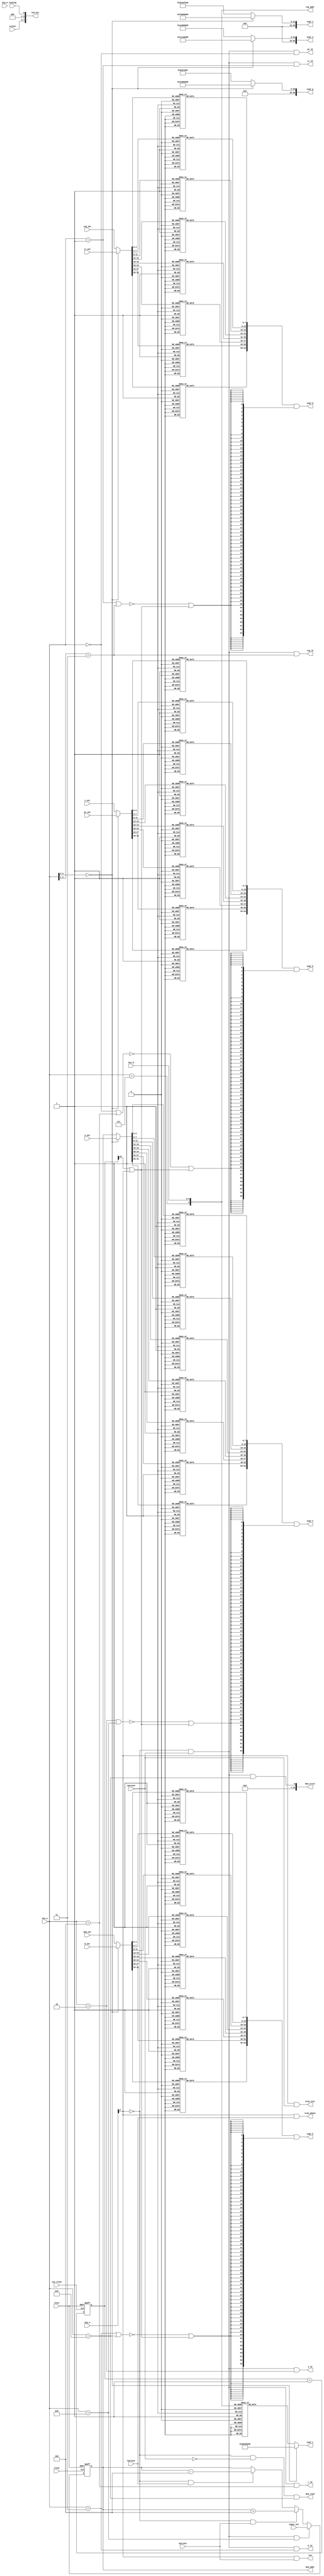
module debugger(input   sys_clock,
      input             reset,
      input             clock,
      input [31:0]      input_val,
      input             button1,
      input             button2,
      input             button3,
      output            run,
      output            step_phase,
      output            step_inst,
      input [3:0]       cstate,
      input             running,
      input [3:0]       hex_a,
      input [3:0]       hex_b,
      input [7:0]       dip_a,
      input [7:0]       dip_b,
      input [31:0]      pc_out,
      output            pc_ld,
      input [31:0]      ir_out,
      output            ir_ld,
      input [31:0]      reg_out,
      output [4:0]      reg_addr,
      output            reg_ld,
      input [31:0]      a_out,
      output            a_ld,
      input [31:0]      b_out,
      output            b_ld,
      input [31:0]      c_out,
      output            c_ld,
      output [31:0]     mem_addr,
      input [31:0]      mem_out,
      output [31:0]     mem_read,
      output [31:0]     mem_write,
      output [63:0]     seg7_a,
      output [63:0]     seg7_b,
      output [63:0]     seg7_c,
      output [63:0]     seg7_d,
      output [63:0]     seg7_e,
      output [63:0]     seg7_f,
      output [63:0]     seg7_g,
      output [63:0]     seg7_h,
      output [7:0]      led_out);

   // 'P' のパタン
   parameter [7:0] PAT_P = 8'b1100_1110;
   // 'c' のパタン
   parameter [7:0] PAT_C = 8'b0001_1010;
   // 'I' のパタン
   parameter [7:0] PAT_I = 8'b0110_0000;
   // 'r' のパタン
   parameter [7:0] PAT_R = 8'b0000_1010;
   // 'a' のパタン
   parameter [7:0] PAT_A = 8'b1111_1010;
   // 'b' のパタン
   parameter [7:0] PAT_B = 8'b0011_1110;
   // 'n' のパタン
   parameter [7:0] PAT_N = 8'b0010_1010;
   // 'd' のパタン
   parameter [7:0] PAT_D = 8'b0111_1010;
   // '0' のパタン
   parameter [7:0] PAT_0 = 8'b1111_1100;
   // '1' のパタン
   parameter [7:0] PAT_1 = 8'b0110_0000;
   // '2' のパタン
   parameter [7:0] PAT_2 = 8'b1101_1010;
   // '3' のパタン
   parameter [7:0] PAT_3 = 8'b1111_0010;
   // '4' のパタン
   parameter [7:0] PAT_4 = 8'b0110_0110;
   // '5' のパタン
   parameter [7:0] PAT_5 = 8'b1011_0110;
   // '6' のパタン
   parameter [7:0] PAT_6 = 8'b1011_1110;
   // '7' のパタン
   parameter [7:0] PAT_7 = 8'b1110_0000;
   // '8' のパタン
   parameter [7:0] PAT_8 = 8'b1111_1110;
   // '9' のパタン
   parameter [7:0] PAT_9 = 8'b1110_0110;

   // PCのパタン
   parameter [63:0] PAT_PC = {32'b0, PAT_P, PAT_C, 16'b0};

   // IRのパタン
   parameter [63:0] PAT_IR = {32'b0, PAT_I, PAT_R, 16'b0};

   // aのパタン
   parameter [63:0] PAT_AREG = {32'b0, PAT_A, 24'b0};

   // bのパタン
   parameter [63:0] PAT_BREG = {32'b0, PAT_B, 24'b0};

   // cのパタン
   parameter [63:0] PAT_CREG = {32'b0, PAT_C, 24'b0};

   // MARのパタン
   parameter [63:0] PAT_MAR = {32'b0, PAT_N, PAT_N, PAT_A, PAT_R};

   // MEMのパタン
   parameter [63:0] PAT_MEM = {32'b0, PAT_N, PAT_N, PAT_D, PAT_R};

   // R00 のパタン
   parameter [63:0] PAT_R00 = {32'b0, PAT_R, PAT_0, PAT_0, 8'b0};

   // R01 のパタン
   parameter [63:0] PAT_R01 = {32'b0, PAT_R, PAT_0, PAT_1, 8'b0};

   // R02 のパタン
   parameter [63:0] PAT_R02 = {32'b0, PAT_R, PAT_0, PAT_2, 8'b0};

   // R03 のパタン
   parameter [63:0] PAT_R03 = {32'b0, PAT_R, PAT_0, PAT_3, 8'b0};

   // R04 のパタン
   parameter [63:0] PAT_R04 = {32'b0, PAT_R, PAT_0, PAT_4, 8'b0};

   // R05 のパタン
   parameter [63:0] PAT_R05 = {32'b0, PAT_R, PAT_0, PAT_5, 8'b0};

   // R06 のパタン
   parameter [63:0] PAT_R06 = {32'b0, PAT_R, PAT_0, PAT_6, 8'b0};

   // R07 のパタン
   parameter [63:0] PAT_R07 = {32'b0, PAT_R, PAT_0, PAT_7, 8'b0};

   // R08 のパタン
   parameter [63:0] PAT_R08 = {32'b0, PAT_R, PAT_0, PAT_8, 8'b0};

   // R09 のパタン
   parameter [63:0] PAT_R09 = {32'b0, PAT_R, PAT_0, PAT_9, 8'b0};

   // R10 のパタン
   parameter [63:0] PAT_R10 = {32'b0, PAT_R, PAT_1, PAT_0, 8'b0};

   // R11 のパタン
   parameter [63:0] PAT_R11 = {32'b0, PAT_R, PAT_1, PAT_1, 8'b0};

   // R12 のパタン
   parameter [63:0] PAT_R12 = {32'b0, PAT_R, PAT_1, PAT_2, 8'b0};

   // R13 のパタン
   parameter [63:0] PAT_R13 = {32'b0, PAT_R, PAT_1, PAT_3, 8'b0};

   // R14 のパタン
   parameter [63:0] PAT_R14 = {32'b0, PAT_R, PAT_1, PAT_4, 8'b0};

   // R15 のパタン
   parameter [63:0] PAT_R15 = {32'b0, PAT_R, PAT_1, PAT_5, 8'b0};

   // R16 のパタン
   parameter [63:0] PAT_R16 = {32'b0, PAT_R, PAT_1, PAT_6, 8'b0};

   // R17 のパタン
   parameter [63:0] PAT_R17 = {32'b0, PAT_R, PAT_1, PAT_7, 8'b0};

   // R18 のパタン
   parameter [63:0] PAT_R18 = {32'b0, PAT_R, PAT_1, PAT_8, 8'b0};

   // R19 のパタン
   parameter [63:0] PAT_R19 = {32'b0, PAT_R, PAT_1, PAT_9, 8'b0};

   // R20 のパタン
   parameter [63:0] PAT_R20 = {32'b0, PAT_R, PAT_2, PAT_0, 8'b0};

   // R21 のパタン
   parameter [63:0] PAT_R21 = {32'b0, PAT_R, PAT_2, PAT_1, 8'b0};

   // R22 のパタン
   parameter [63:0] PAT_R22 = {32'b0, PAT_R, PAT_2, PAT_2, 8'b0};

   // R23 のパタン
   parameter [63:0] PAT_R23 = {32'b0, PAT_R, PAT_2, PAT_3, 8'b0};

   // R24 のパタン
   parameter [63:0] PAT_R24 = {32'b0, PAT_R, PAT_2, PAT_4, 8'b0};

   // R25 のパタン
   parameter [63:0] PAT_R25 = {32'b0, PAT_R, PAT_2, PAT_5, 8'b0};

   // R26 のパタン
   parameter [63:0] PAT_R26 = {32'b0, PAT_R, PAT_2, PAT_6, 8'b0};

   // R27 のパタン
   parameter [63:0] PAT_R27 = {32'b0, PAT_R, PAT_2, PAT_7, 8'b0};

   // R28 のパタン
   parameter [63:0] PAT_R28 = {32'b0, PAT_R, PAT_2, PAT_8, 8'b0};

   // R29 のパタン
   parameter [63:0] PAT_R29 = {32'b0, PAT_R, PAT_2, PAT_9, 8'b0};

   // R30 のパタン
   parameter [63:0] PAT_R30 = {32'b0, PAT_R, PAT_3, PAT_0, 8'b0};

   // R31 のパタン
   parameter [63:0] PAT_R31 = {32'b0, PAT_R, PAT_3, PAT_1, 8'b0};

   // 表示ページを計算する関数
   function page_func(input [3:0] hex_a);
      page_func = ~(hex_a[3:2] == 2'b00);
   endfunction // page_func

   // 4ビットの数字から7SEG-LEDのセグメント信号を作るデコード関数
   function [7:0] decode_func(input [3:0] in);
      // 1つの 7SEG LED に表示するパタン
      // 最下位ビットはドット
      parameter [7:0] SEG_0 = 8'b1111_1100;
      parameter [7:0] SEG_1 = 8'b0110_0000;
      parameter [7:0] SEG_2 = 8'b1101_1010;
      parameter [7:0] SEG_3 = 8'b1111_0010;
      parameter [7:0] SEG_4 = 8'b0110_0110;
      parameter [7:0] SEG_5 = 8'b1011_0110;
      parameter [7:0] SEG_6 = 8'b1011_1110;
      parameter [7:0] SEG_7 = 8'b1110_0000;
      parameter [7:0] SEG_8 = 8'b1111_1110;
      parameter [7:0] SEG_9 = 8'b1111_0110;
      parameter [7:0] SEG_A = 8'b1110_1110;
      parameter [7:0] SEG_B = 8'b0011_1110;
      parameter [7:0] SEG_C = 8'b0001_1010;
      parameter [7:0] SEG_D = 8'b0111_1010;
      parameter [7:0] SEG_E = 8'b1001_1110;
      parameter [7:0] SEG_F = 8'b1000_1110;
      case ( in )
   4'h0: decode_func = SEG_0;
   4'h1: decode_func = SEG_1;
   4'h2: decode_func = SEG_2;
   4'h3: decode_func = SEG_3;
   4'h4: decode_func = SEG_4;
   4'h5: decode_func = SEG_5;
   4'h6: decode_func = SEG_6;
   4'h7: decode_func = SEG_7;
   4'h8: decode_func = SEG_8;
   4'h9: decode_func = SEG_9;
   4'hA: decode_func = SEG_A;
   4'hB: decode_func = SEG_B;
   4'hC: decode_func = SEG_C;
   4'hD: decode_func = SEG_D;
   4'hE: decode_func = SEG_E;
   4'hF: decode_func = SEG_F;
      endcase
   endfunction // decode

   // 8桁のデコード関数
   function [63:0] decode8_func(input [31:0] in);
      decode8_func = {decode_func(in[31:28]),
            decode_func(in[27:24]),
            decode_func(in[23:20]),
            decode_func(in[19:16]),
            decode_func(in[15:12]),
            decode_func(in[11: 8]),
            decode_func(in[ 7: 4]),
            decode_func(in[ 3: 0])};
   endfunction // decode8_func

   // Aセグメント用の関数
   function [63:0] a_func(input page);
      a_func = page ? PAT_CREG : PAT_PC;
   endfunction // a_func

   // Cセグメント用の関数
   function [63:0] c_func(input page,
           input [4:0] reg_addr);
      if ( page == 1'b0 ) begin
    c_func = PAT_IR;
      end
      else begin
    case ( reg_addr )
      0: c_func = PAT_R00;
      1: c_func = PAT_R01;
      2: c_func = PAT_R02;
      3: c_func = PAT_R03;
      4: c_func = PAT_R04;
      5: c_func = PAT_R05;
      6: c_func = PAT_R06;
      7: c_func = PAT_R07;
      8: c_func = PAT_R08;
      9: c_func = PAT_R09;
     10: c_func = PAT_R10;
     11: c_func = PAT_R11;
     12: c_func = PAT_R12;
     13: c_func = PAT_R13;
     14: c_func = PAT_R14;
     15: c_func = PAT_R15;
     16: c_func = PAT_R16;
     17: c_func = PAT_R17;
     18: c_func = PAT_R18;
     19: c_func = PAT_R19;
     20: c_func = PAT_R20;
     21: c_func = PAT_R21;
     22: c_func = PAT_R22;
     23: c_func = PAT_R23;
     24: c_func = PAT_R24;
     25: c_func = PAT_R25;
     26: c_func = PAT_R26;
     27: c_func = PAT_R27;
     28: c_func = PAT_R28;
     29: c_func = PAT_R29;
     30: c_func = PAT_R30;
     31: c_func = PAT_R31;
    endcase
      end
   endfunction // c_func

   // Eセグメント用の関数
   function [63:0] e_func(input page);
      e_func = page ? PAT_MAR : PAT_AREG;
   endfunction // e_func

   // Gセグメント用の関数
   function [63:0] g_func(input page);
      g_func = page ? PAT_MEM : PAT_BREG;
   endfunction // g_func

   // Bセグメント用の関数
   function [63:0] b_func(input        page,
                          input [31:0] in1,
                          input [31:0] in2);
      b_func = decode8_func(page ? in2 : in1);
   endfunction // b_func

   // 各セグメントの点滅信号を作る．
   function [63:0] blink_func(input sel,
               input blink);
      blink_func = {64{~sel | blink}};
   endfunction // blink_func

   // MAR
   reg [31:0]     mar;
   wire           mar_ld;
   wire           mar_inc;
   wire           mar_dec;
   always @ ( posedge clock or negedge reset ) begin
      if ( !reset ) begin
    mar <= 32'b0;
      end
      else if ( mar_ld ) begin
    mar <= input_val;
      end
      else if ( mar_inc ) begin
    mar <= mar + 32'd4;
      end
      else if ( mar_dec ) begin
    mar <= mar - 32'd4;
      end
   end

   // 点滅用のカウンタ
   reg [23:0] seg7_blink_count;
   // 点滅信号
   wire blink;
   assign blink = seg7_blink_count[23] | ~input_mode;

   // 点滅用の状態遷移
   // blink が 約 1.2 秒の間隔で点滅する．
   always @ ( posedge sys_clock or negedge reset ) begin
      if ( !reset ) begin
    seg7_blink_count <= 24'b0;
      end
      else begin
    seg7_blink_count <= seg7_blink_count + 24'b1;
      end
   end

   assign reg_addr = {(hex_a == 4'b0111), hex_b};

   // 0: 1ページ目，1: 2ページ目
   wire                  page;
   // PC が書き込み対象として選択されている．
   wire                 pc_sel;
   // IR が書き込み対象として選択されている．
   wire                 ir_sel;
   // Aレジスタが書き込み対象として選択されている．
   wire                 a_sel;
   // Bレジスタが書き込み対象として選択されている．
   wire                 b_sel;
   // Cレジスタが書き込み対象として選択されている．
   wire                 c_sel;
   // レジスタファイルが書き込み対象として選択されている．
   wire                 reg_sel;
   // MARが書き込み対象として選択されている．
   wire                 mar_sel;
   // メモリが書き込み対象として選択されている．
   wire                 mem_sel;
   // 入力モード
   wire                 input_mode;

   assign page   = page_func(hex_a);
   assign pc_sel = (hex_a == 4'b0000);
   assign ir_sel = (hex_a == 4'b0001);
   assign a_sel  = (hex_a == 4'b0010);
   assign b_sel  = (hex_a == 4'b0011);
   assign c_sel  = (hex_a == 4'b0100);
   assign reg_sel = (hex_a[3:1] == 3'b011);
   assign mar_sel = (hex_a == 4'b1000);
   assign mem_sel = (hex_a == 4'b1001);

   // dip-Aの0ビット目が入力モードのスイッチ
   // ただし負論理なので注意
   assign input_mode = ~dip_a[0];

   assign seg7_a = a_func(page);
   assign seg7_b = b_func(page, pc_out, c_out)   & blink_func(pc_sel | c_sel, blink);
   assign seg7_c = c_func(page, reg_addr);
   assign seg7_d = b_func(page, ir_out, reg_out) & blink_func(ir_sel | reg_sel, blink);
   assign seg7_e = e_func(page);
   assign seg7_f = b_func(page, a_out, mar)      & blink_func(a_sel | mar_sel, blink);
   assign seg7_g = g_func(page);
   assign seg7_h = b_func(page, b_out, mem_out)  & blink_func(b_sel | mem_sel, blink);

   assign run        = !input_mode & button1;
   assign step_phase = !input_mode & button2;
   assign step_inst  = !input_mode & button3;
   assign pc_ld      =  input_mode & button3 & pc_sel;
   assign ir_ld      =  input_mode & button3 & ir_sel;
   assign a_ld       =  input_mode & button3 & a_sel;
   assign b_ld       =  input_mode & button3 & b_sel;
   assign c_ld       =  input_mode & button3 & c_sel;
   assign reg_ld     =  input_mode & button3 & reg_sel;
   assign mar_ld     =  input_mode & button3 & mar_sel;
   assign mar_inc    =  input_mode & button1;
   assign mar_dec    =  input_mode & button2;
   assign mem_addr   =  mar;
   assign mem_write  =  input_mode & button3 & mem_sel;
   assign mem_read   =  input_mode & ~button3 & mem_sel;

   assign led_out = {cstate, 3'b0, running};


endmodule